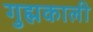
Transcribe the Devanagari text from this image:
गुह्मकाली